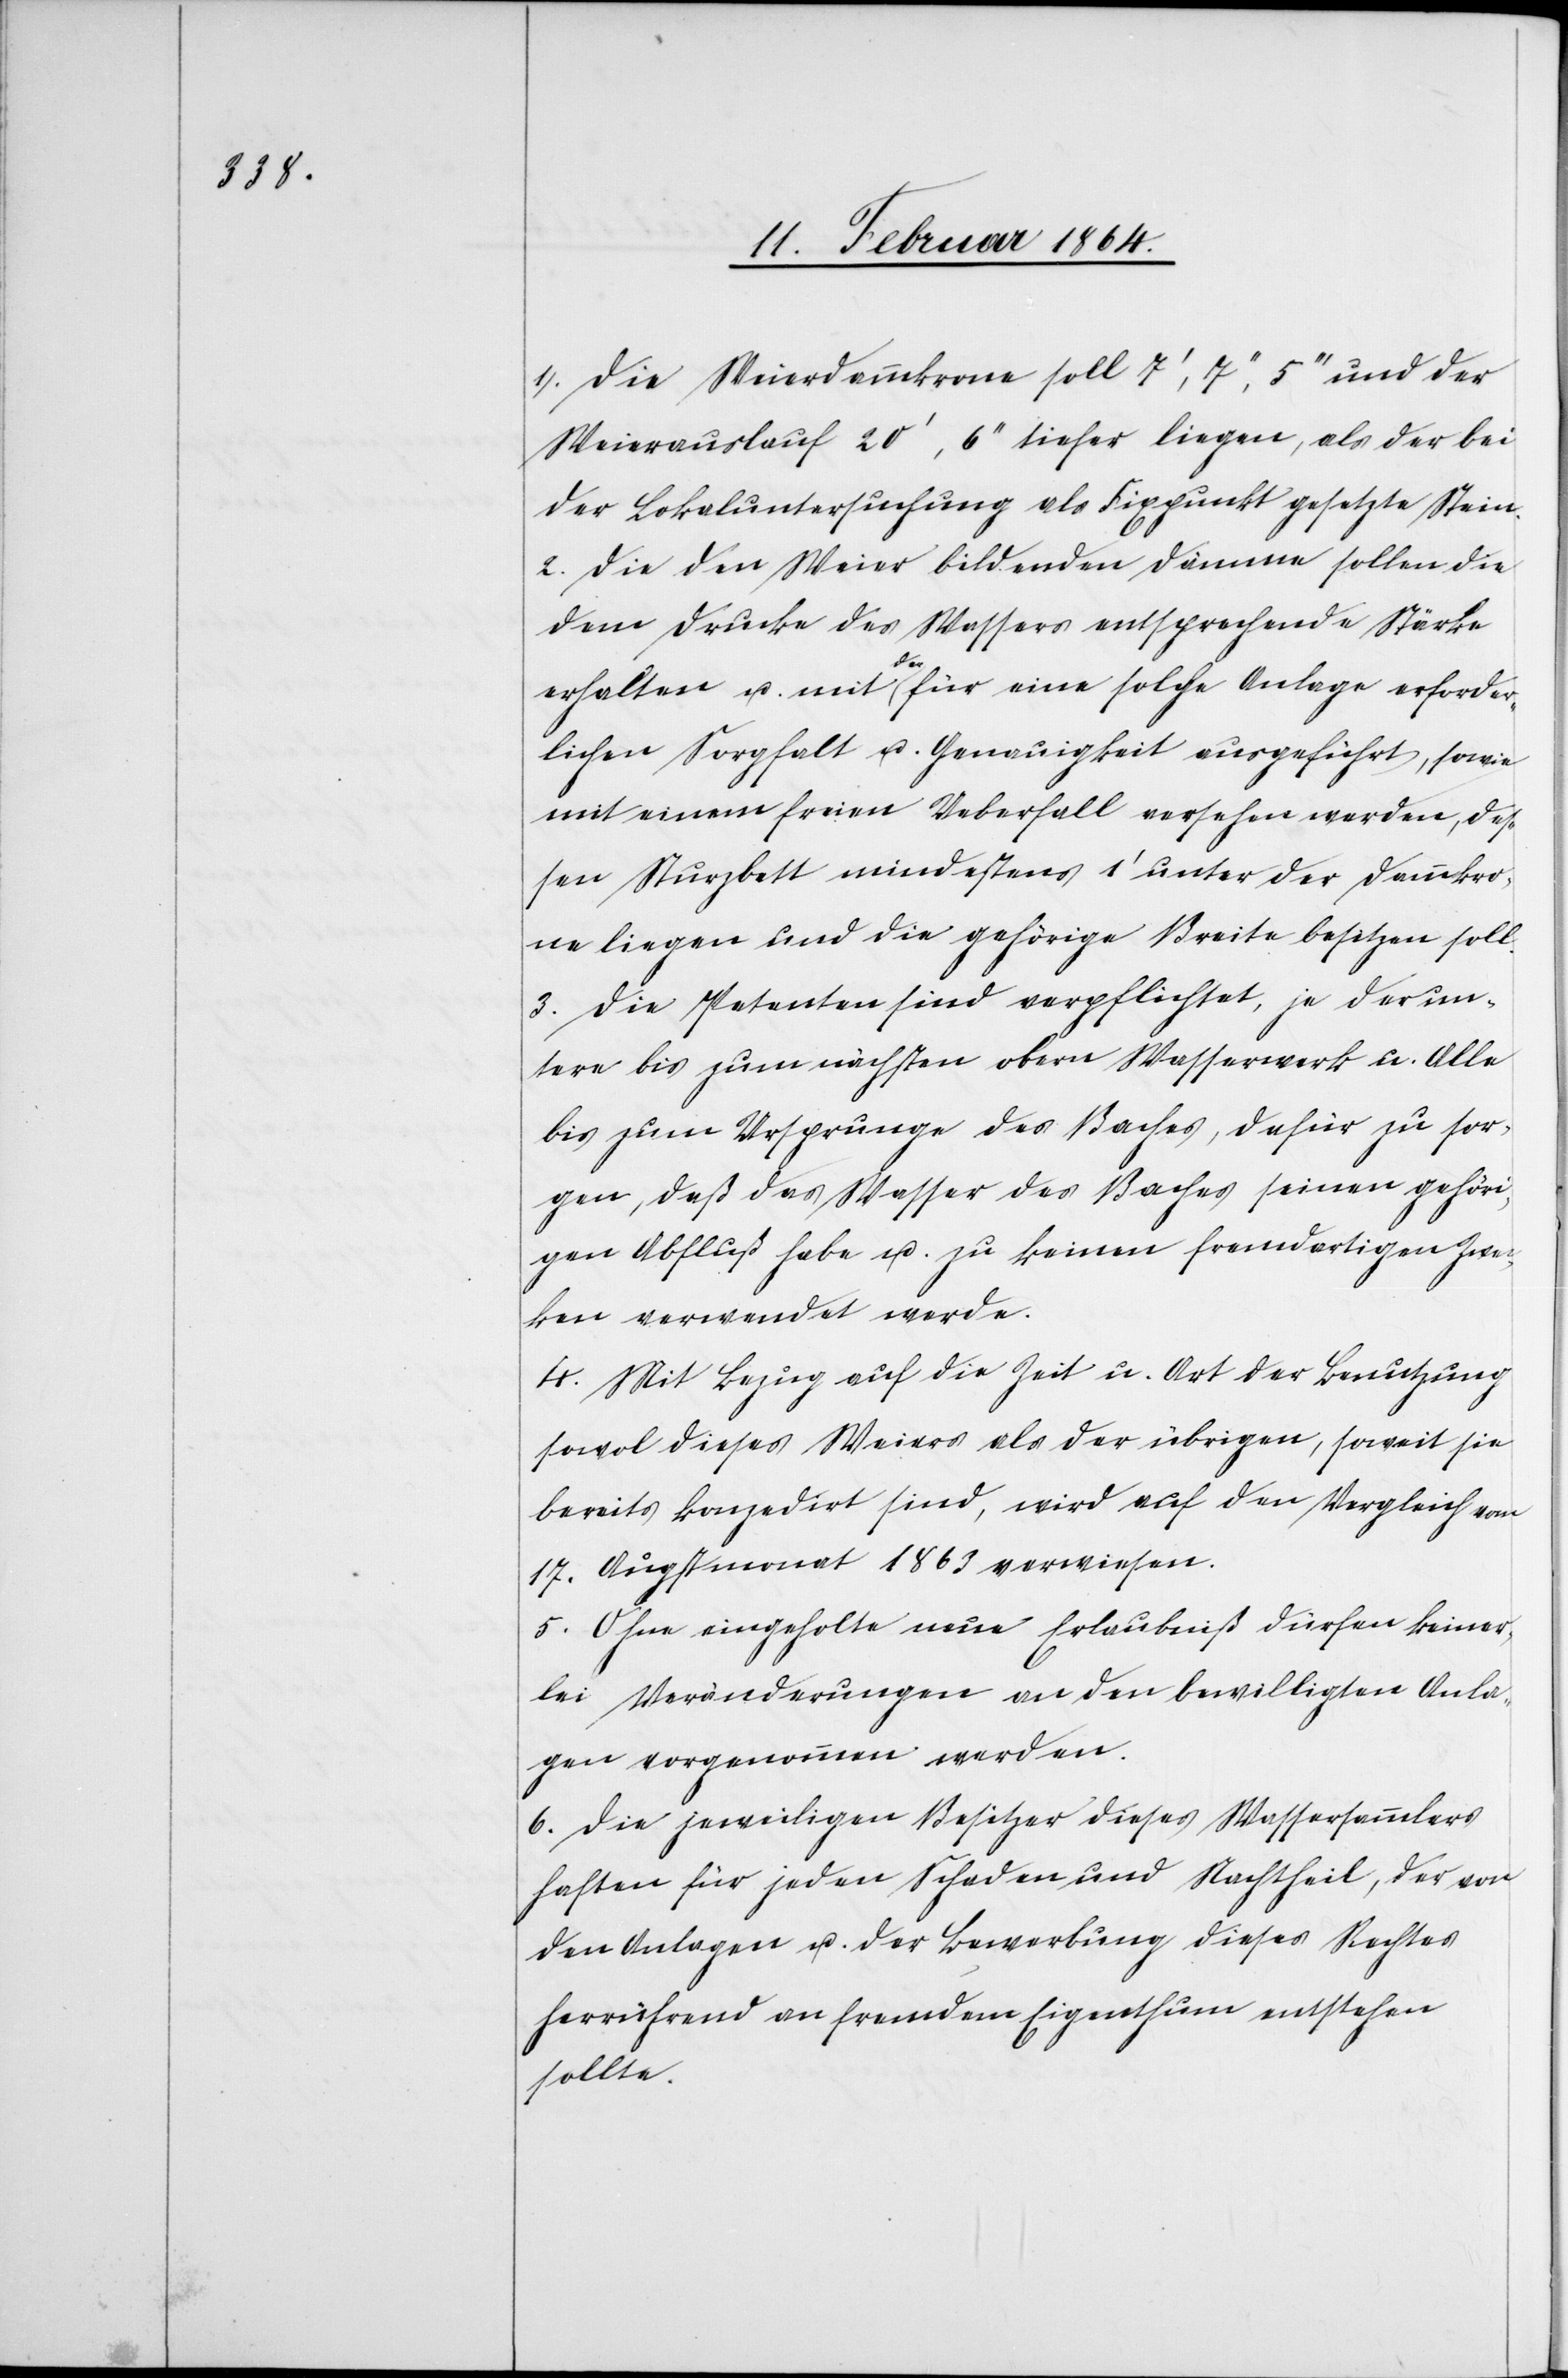
1.) Die Weierdammkrone soll 7’, 7’’, 5’’’ und der
Weierauslauf 20’, 6’’ tiefer liegen, als der bei
der Lokaluntersuchung als Fixpunkt gesetzte Stein.
2.) Die den Weier bildenden Dämme sollen die
dem Drucke des Wassers entsprechende Stärke
erhalten u. mit der für eine solche Anlage erforder¬
lichen Sorgfalt u. Genauigkeit ausgeführt, sowie
mit einem freien Ueberfall versehen werden, des¬
sen Sturzbett mindestens 1’ unter der Dammkro¬
ne liegen und die gehörige Breite besitzen soll.
3.) Die Petenten sind verpflichtet, je der un¬
tere bis zum nächsten obern Wasserwerk u. Alle
bis zum Ursprunge des Baches, dafür zu sor¬
gen, daß das Wasser des Baches seinen gehöri¬
gen Abfluß habe u. zu keinen fremdartigen Zwec¬
ken verwendet werde.
4.) Mit Bezug auf die Zeit u. Art der Benutzung
sowol dieses Weiers als der übrigen, soweit sie
bereits konzedirt sind, wird auf den Vergleich vom
17. Augstmonat 1863 verwiesen.
5.) Ohne eingeholte neue Erlaubniß dürfen keiner¬
lei Veränderungen an den bewilligten Anla¬
gen vorgenommen werden.
6.) Die jeweiligen Besitzer dieses Wassersammlers
haften für jeden Schaden und Nachtheil, der von
den Anlagen u. der Bewerbung dieses Rechtes
herrührend an fremdem Eigenthum entstehen
sollte.